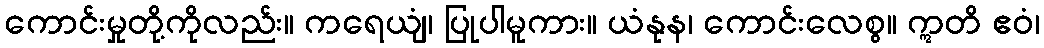
ကောင်းမှုတို့ကိုလည်း။ ကရေယျံ၊ ပြုပါမူကား။ ယံနုန၊ ကောင်းလေစွ။ ဣတိ ဧဝံ၊